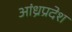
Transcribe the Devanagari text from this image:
अांध्रप्रदेश